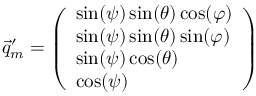
\vec { q } _ { m } ^ { \prime } = \left( \begin{array} { l } { \sin ( \psi ) \sin ( \theta ) \cos ( \varphi ) } \\ { \sin ( \psi ) \sin ( \theta ) \sin ( \varphi ) } \\ { \sin ( \psi ) \cos ( \theta ) } \\ { \cos ( \psi ) } \end{array} \right)